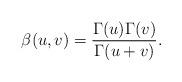
LaTeX: \begin{align*}\beta(u,v) =\frac{\Gamma(u)\Gamma(v)}{\Gamma(u+v)}.\end{align*}